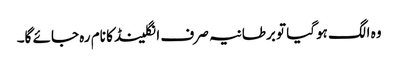
وہ الگ ہوگیا تو برطانیہ صرف انگلینڈ کا نام رہ جائے گا۔